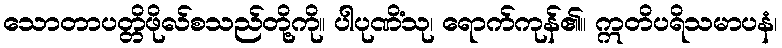
သောတာပတ္တိဖိုလ်စသည်တို့ကို။ ပါပုဏိံသု၊ ရောက်ကုန်၏။ ဣတိပရိသမာပနံ၊